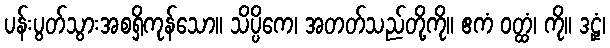
ပန်းပွတ်သွားအစရှိကုန်သော။ သိပ္ပိကေ၊ အတတ်သည်တို့ကို။ ဧကံ ဝတ္ထံ၊ ကို။ ဒဠှံ၊